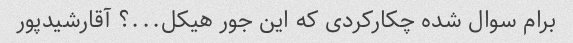
برام سوال شده چکارکردی که این جور هیکل...؟ آقارشیدپور